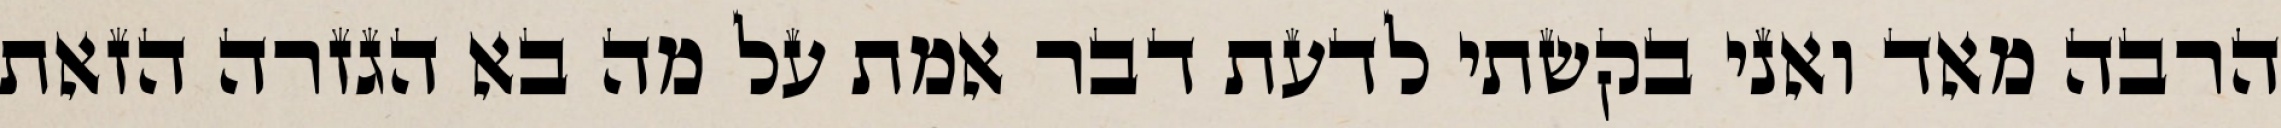
הרבה מאד ואני בקשתי לדעת דבר אמת על מה בא הגזרה הזאת